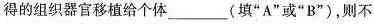
得的组织器官移植给个体___(填”A”或”B”)，则不